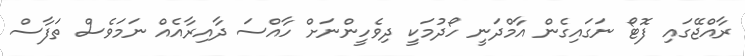
ރާއްޖޭގައި ފޮޓޯ ނަގައިގެން އާމްދަނީ ހޯދުމަކީ ދިވެހީންނަށް ހާއްސަ ދާއިރާއެއް ނަމަވެސް ތަފާސް